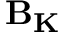
\mathbf { B _ { K } }